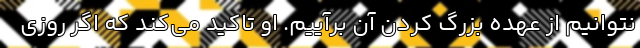
نتوانیم از عهده بزرگ کردن آن برآییم. او تاکید می‌کند که اگر روزی